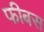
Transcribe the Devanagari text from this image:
फीबस